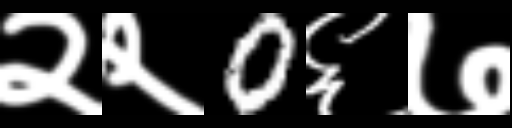
Text: २२0६७